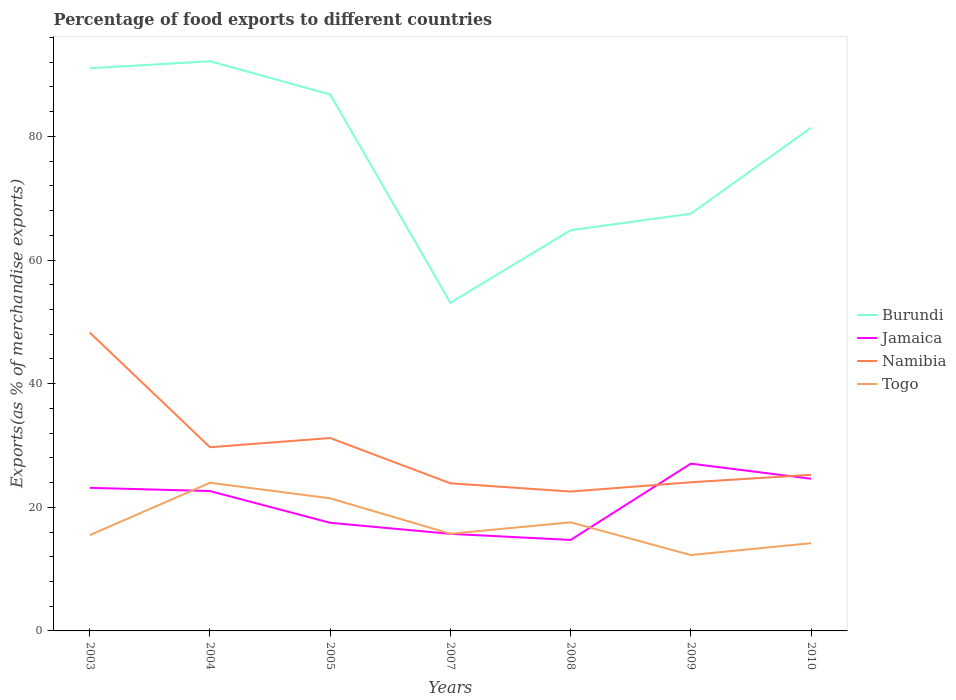
| Years | Burundi | Jamaica | Namibia | Togo |
 | --- | --- | --- | --- | --- |
 | 2003 | 91 | 23.1 | 48.3 | 15.5 |
 | 2004 | 92.2 | 22.6 | 29.7 | 24 |
 | 2005 | 86.8 | 17.5 | 31.2 | 21.5 |
 | 2007 | 53.1 | 15.7 | 23.9 | 15.7 |
 | 2008 | 64.8 | 14.7 | 22.5 | 17.6 |
 | 2009 | 67.5 | 27.1 | 24 | 12.3 |
 | 2010 | 81.4 | 24.6 | 25.3 | 14.2 |